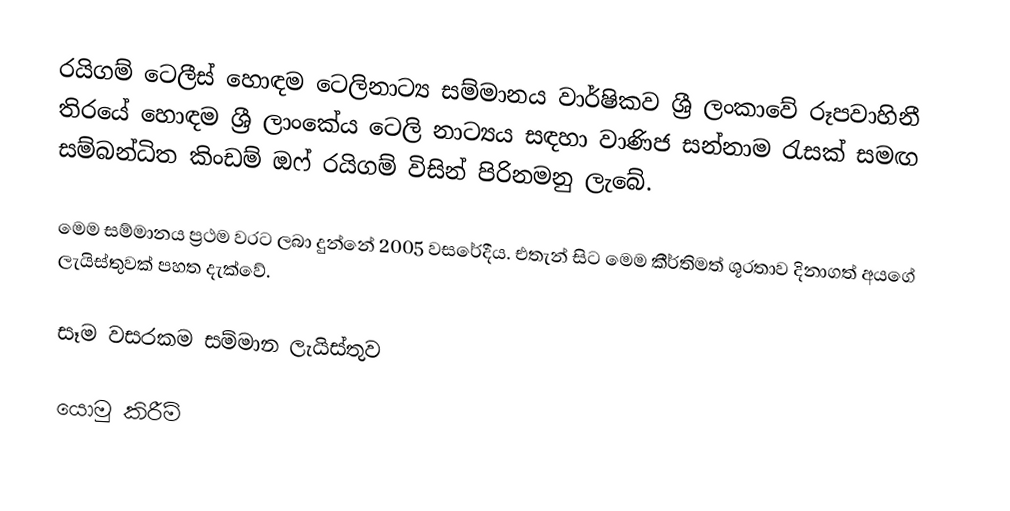
රයිගම් ටෙලීස් හොඳම ටෙලිනාට්‍ය සම්මානය වාර්ෂිකව ශ්‍රී ලංකාවේ රූපවාහිනී තිරයේ හොඳම ශ්‍රී ලාංකේය ටෙලි නාට්‍යය සඳහා වාණිජ සන්නාම රැසක් සමඟ සම්බන්ධිත කිංඩම් ඔෆ් රයිගම් විසින් පිරිනමනු ලැබේ.

මෙම සම්මානය ප්‍රථම වරට ලබා දුන්නේ 2005 වසරේදීය. එතැන් සිට මෙම කීර්තිමත් ශූරතාව දිනාගත් අයගේ ලැයිස්තුවක් පහත දැක්වේ.

සෑම වසරකම සම්මාන ලැයිස්තුව

යොමු කිරීම්